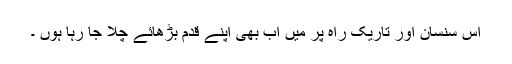
اس سنسان اور تاریک راہ پر میں اب بھی اپنے قدم بڑھائے چلا جا رہا ہوں ۔